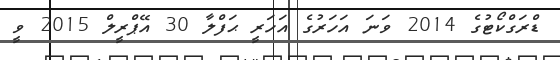
ޑްރަގްކޯޓުގެ 2014 ވަނަ އަހަރުގެ އަހަރީ ޙަފްލާ 30 އޭޕްރީލް 2015 ވީ